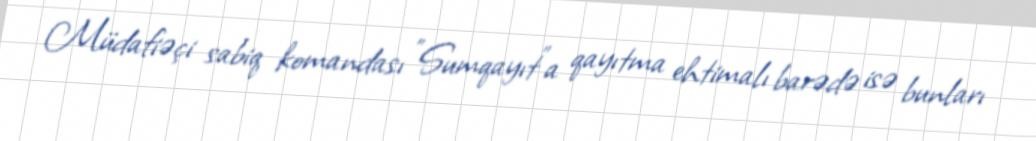
Müdafiəçi sabiq komandası "Sumqayıt"a qayıtma ehtimalı barədə isə bunları